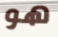
هو